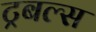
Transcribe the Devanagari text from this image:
ट्रबल्स